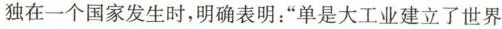
独在一个国家发生时，明确表明：”单是大工业建立了世界